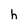
Character: h